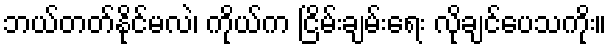
ဘယ်တတ်နိုင်မလဲ၊ ကိုယ်က ငြိမ်းချမ်းရေး လိုချင်ပေသကိုး။